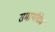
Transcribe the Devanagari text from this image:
समार्थांचेच